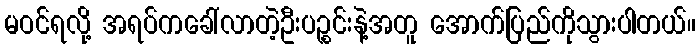
မဝင်ရလို့ အရပ်ကခေါ်လာတဲ့ဦးပဉ္စင်းနဲ့အတူ အောက်ပြည်ကိုသွားပါတယ်။